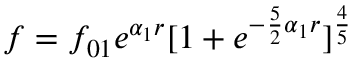
f = f _ { 0 1 } e ^ { \alpha _ { 1 } r } [ 1 + e ^ { - \frac { 5 } { 2 } { \alpha _ { 1 } } r } ] ^ { \frac { 4 } { 5 } }